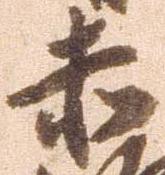
赤